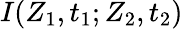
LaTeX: I(Z_{1},t_{1};Z_{2},t_{2})